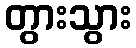
တွားသွား